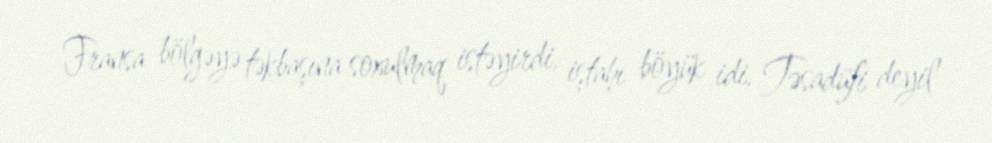
Fransa bölgəyə təkbaşına soxulmaq istəyirdi, iştahı böyük idi. Təsadüfi deyil